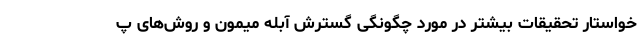
خواستار تحقیقات بیشتر در مورد چگونگی گسترش آبله میمون و روش‌های پ